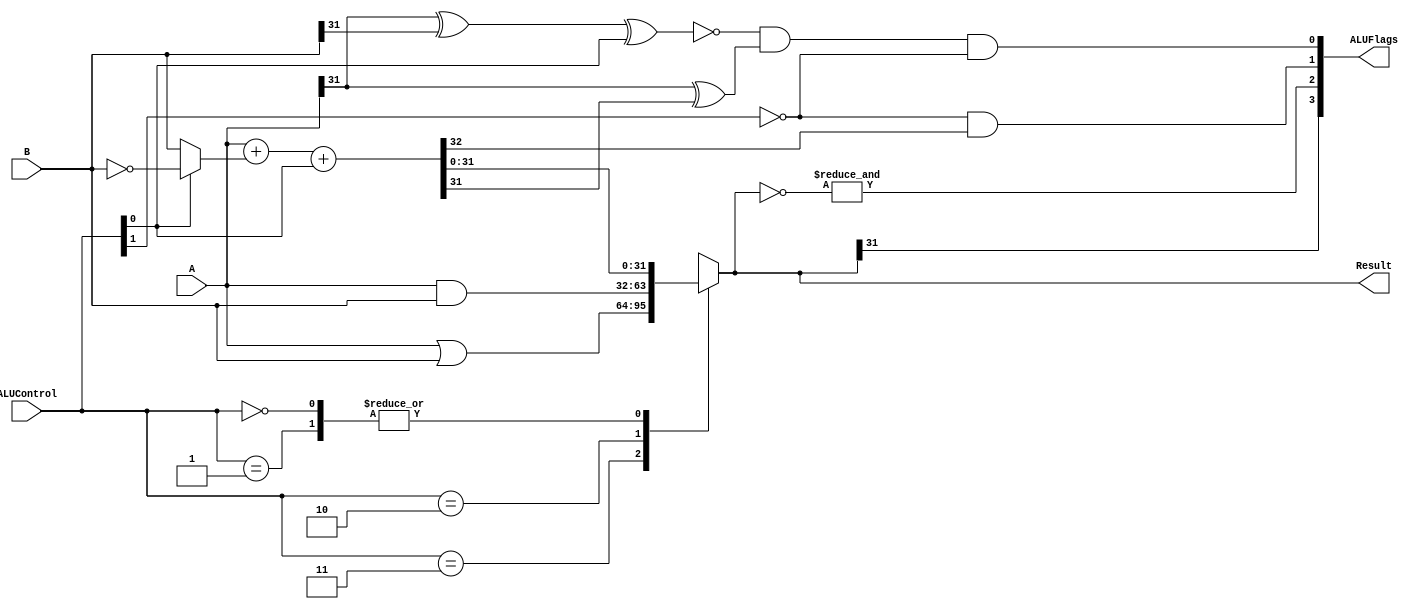
module ALU(
input [31:0]        A,
input [31:0]        B,
input [1:0]         ALUControl,
output reg [31:0]   Result,
output [3:0]        ALUFlags
);
    wire Cin, Cout;
    wire [31:0] Sum;
    wire [31:0] temp_B;

    wire V;
    wire C;
    wire N;
    wire Z;

    wire [31:0] Or;
    wire [31:0] And;

    assign ALUFlags = {N,Z,C,V};
    assign Cin = ALUControl[0];

    assign temp_B = ALUControl[0]? ~B:B;
    assign {Cout,Sum} = A + temp_B + Cin;

    assign V = (~(A[31]^B[31]^ALUControl[0]))&
               (A[31]^Sum[31])&
               (~ALUControl[1]);
    assign C = (~ALUControl[1]) & Cout;
    assign N = Result[31];
    assign Z = &(~Result);

    assign Or = A | B;
    assign And = A & B;

    always @(*) begin
        case (ALUControl)
            2'b11: Result = Or;
            2'b10: Result = And;
            2'b01: Result = Sum;
            2'b00: Result = Sum;
            default :Result = 32'bx;
        endcase
    end
endmodule